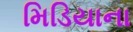
મિડિયાના